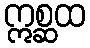
ဣစ္ဆထ